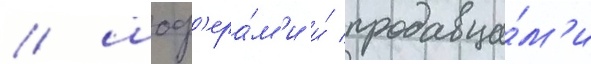
/ шоф'ера́м'и и́ продавца́м'и